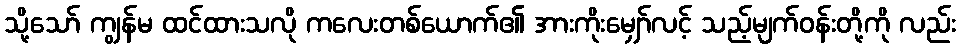
သို့သော် ကျွန်မ ထင်ထားသလို ကလေးတစ်ယောက်၏ အားကိုးမျှော်လင့် သည့်မျက်ဝန်းတို့ကို လည်း